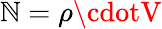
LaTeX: \mathbb{N}=\rho\cdotV